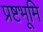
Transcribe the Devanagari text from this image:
प्रष्टभूमि